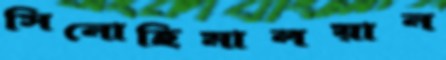
সিনোহিমালয়ান